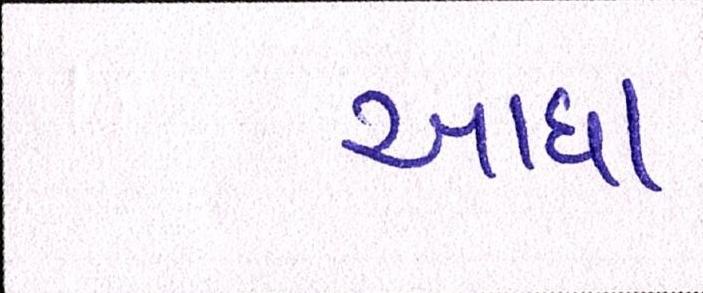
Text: ખાધા